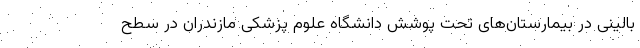
بالینی در بیمارستان‌های تحت پوشش دانشگاه علوم پزشکی مازندران در سطح